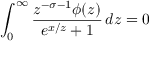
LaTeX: \int _ { 0 } ^ { \infty } { \frac { z ^ { - \sigma - 1 } \phi ( z ) } { { e ^ { x / z } } + 1 } } \, d z = 0